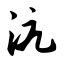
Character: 沆